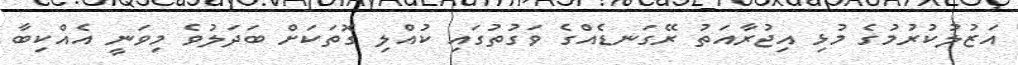
އަޒުލުކުރުމުގެ މުޅި އިޖުރާއަތު ރޭގަނޑެއްގެ ވަގުތުގައި ކުއްލި ގޮތަކަށް ބަދަލުވެ މިވަނީ އެއްކިބާ